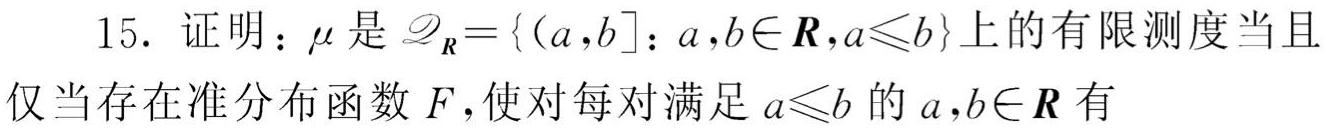
15. 证明：$\mu$ 是 $\mathscr{D}_{\boldsymbol{R}}=\{(a,b]: a,b\in\boldsymbol{R},a\leqslant b\}$ 上的有限测度当且仅当存在准分布函数 $F$，使对每对满足 $a\leqslant b$ 的 $a,b\in\boldsymbol{R}$ 有